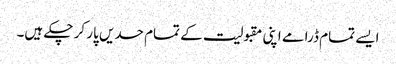
ایسے تمام ڈرامے اپنی مقبولیت کے تمام حدیں پار کر چکے ہیں۔